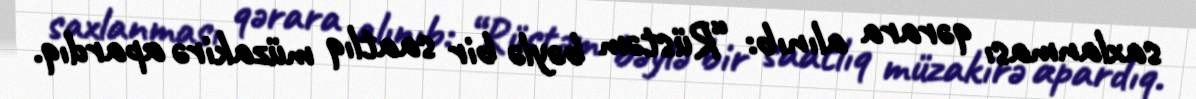
saxlanması qərara alınıb: “Rüstəm bəylə bir saatlıq müzakirə apardıq.